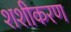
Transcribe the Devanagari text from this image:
शशीकरण